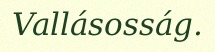
Vallásosság.